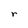
Character: r